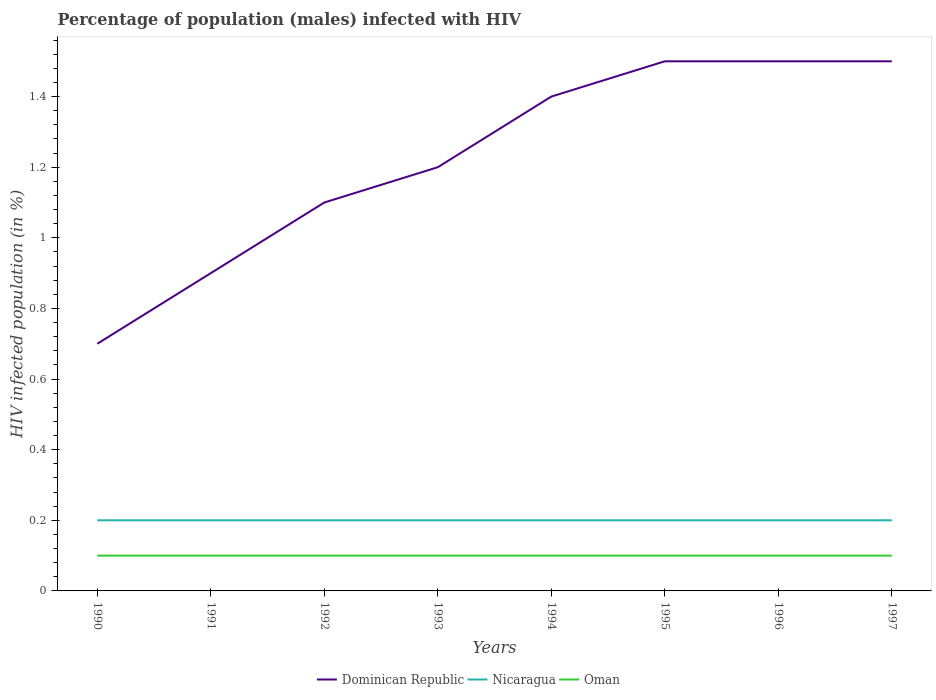
| Years | Dominican Republic | Nicaragua | Oman |
 | --- | --- | --- | --- |
 | 1990 | 0.7 | 0.2 | 0.1 |
 | 1991 | 0.9 | 0.2 | 0.1 |
 | 1992 | 1.1 | 0.2 | 0.1 |
 | 1993 | 1.2 | 0.2 | 0.1 |
 | 1994 | 1.4 | 0.2 | 0.1 |
 | 1995 | 1.5 | 0.2 | 0.1 |
 | 1996 | 1.5 | 0.2 | 0.1 |
 | 1997 | 1.5 | 0.2 | 0.1 |